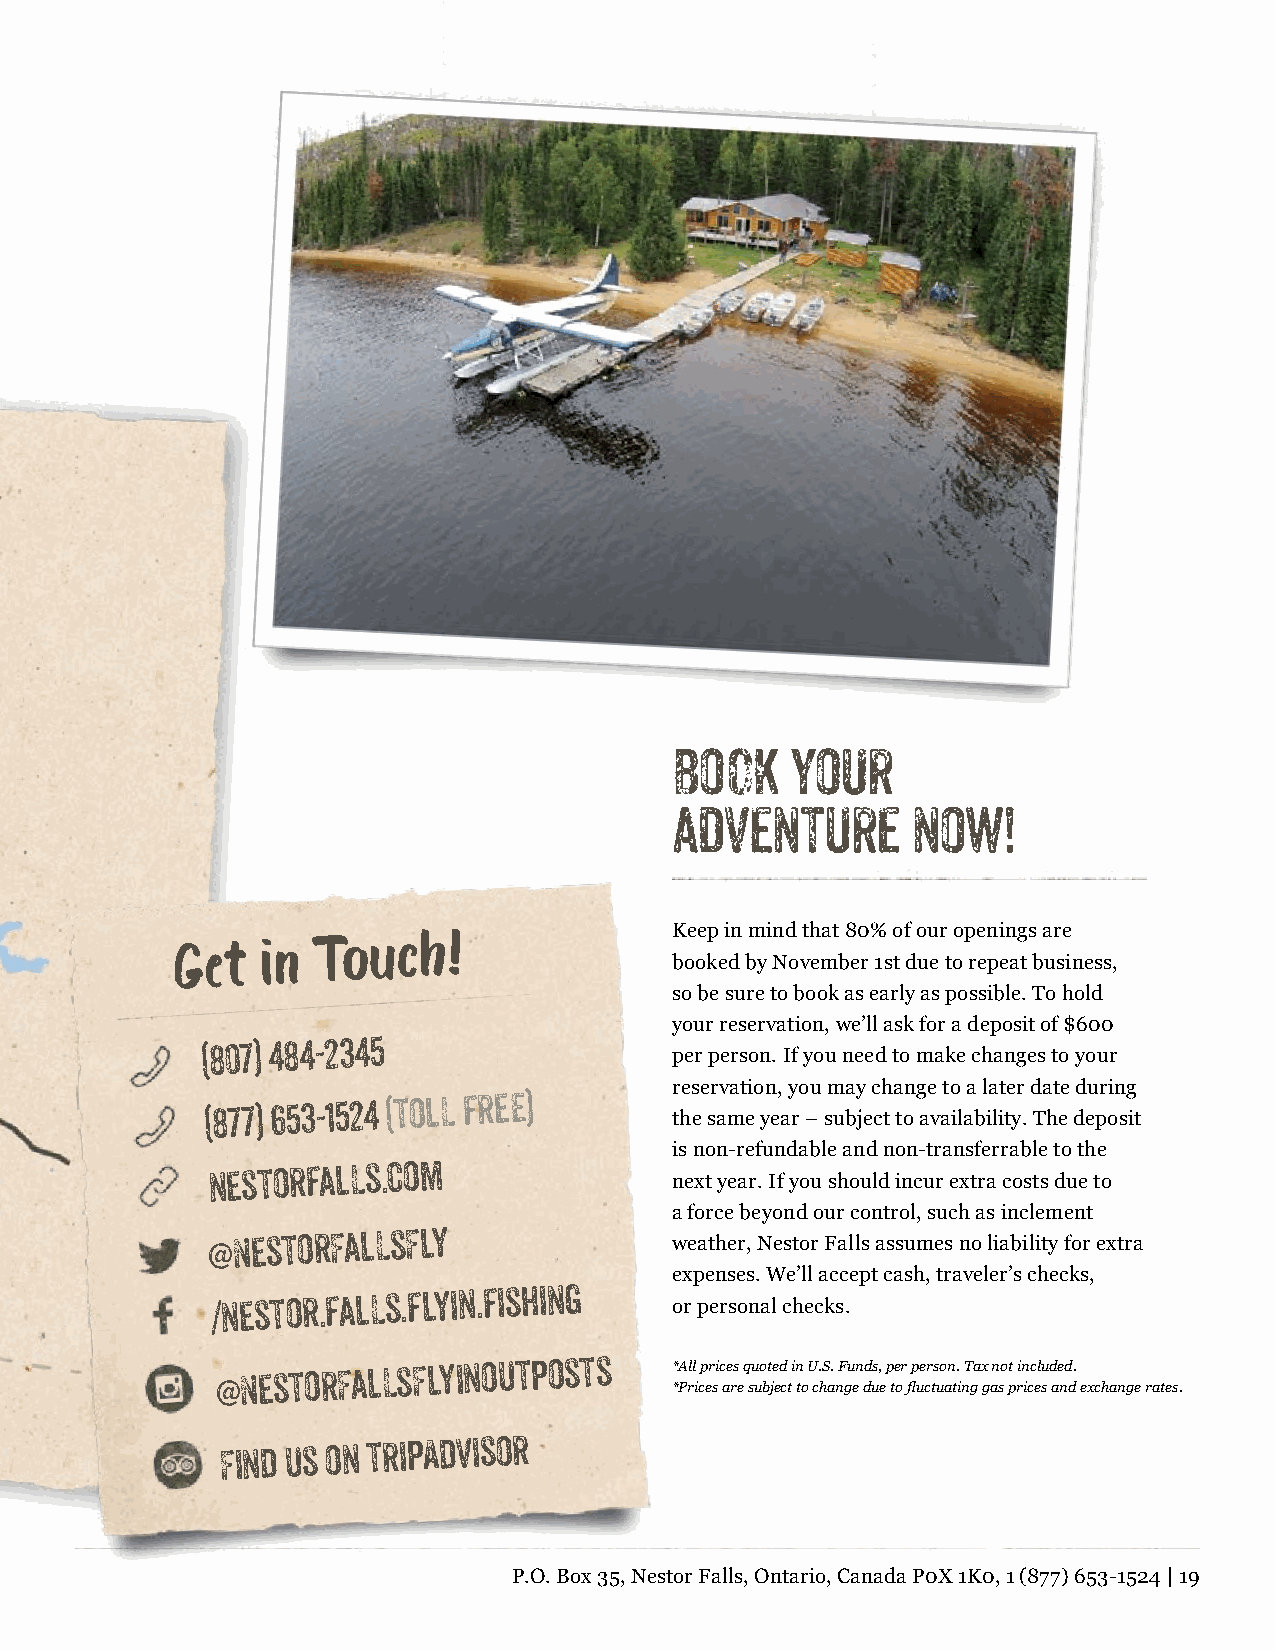
Book    your
 adventure       now!
 Keep in mind that 80% of our openings are
 Get  in
 Touch!
 booked by November 1st due to repeat business,
 so be sure to book as early as possible. To hold
 your reservation, we’ll ask for a deposit of $600
 (807)
 484-2345
 per person. If you need to make changes to your
 reservation, you may change to a later date during
 (877) 653-1524 (toll frEE)    the same year – subject to availability. The deposit
 is non-refundable and non-transferrable to the
 nestorfalls.com
 next year. If you should incur extra costs due to
 a force beyond our control, such as inclement
 @NestorFallsFly
 weather, Nestor Falls assumes no liability for extra
 expenses. We’ll accept cash, traveler’s checks,
 /nestor.falls.flyin.fishing
 or personal checks.
 @NestorFallsFlyinoutposts
 *All prices quoted in U.S. Funds, per person. Tax not included.
 *Prices are subject to change due to fluctuating gas prices and exchange rates.
 Find us on
 tripAdvisor
 P.O. Box 35, Nestor Falls, Ontario, Canada P0X 1K0, 1 (877) 653-1524 | 19